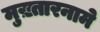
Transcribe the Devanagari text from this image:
मुख़्तारनामे